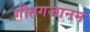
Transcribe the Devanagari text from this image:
गीतगजानन